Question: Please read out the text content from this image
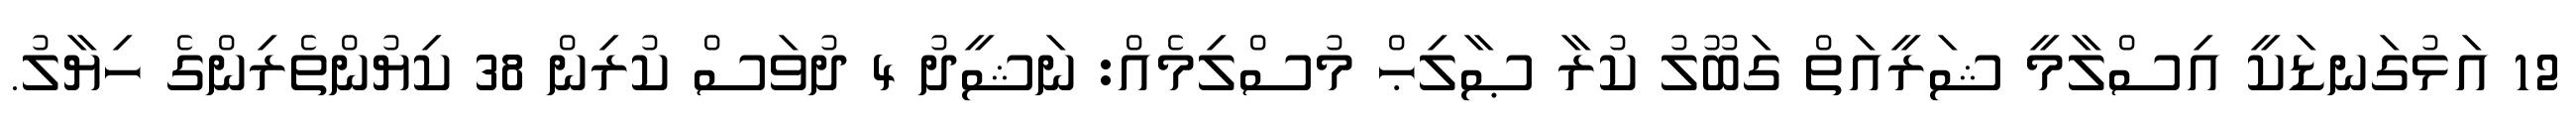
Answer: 12 އަޅުގަނޑަކީ އިސްލާމީ ޝަރީއަތް ގަބޫލު ކުރާ ޞާލިޙް މުސްލިމެއް: ނަޝީދު 4 ދުވަސް ކުރިން 38 ކިޔުންތެރިންގެ ހިޔާލު.